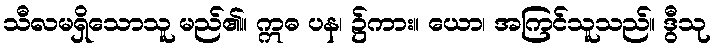
သီလမရှိသောသူ မည်၏။ ဣဓ ပန၊ ၌ကား။ ယော၊ အကြင်သူသည်။ ဒွီသု